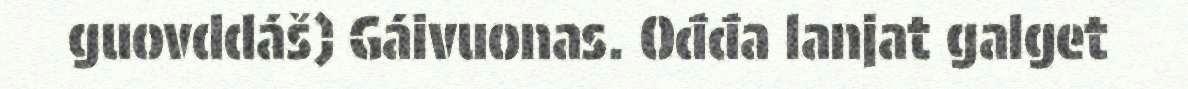
guovddáš) Gáivuonas. Ođđa lanjat galget